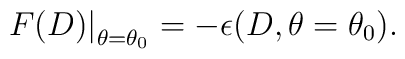
\left.F(D)\right|_{\theta=\theta_{0}}=-\epsilon(D,\theta=\theta_{0}).